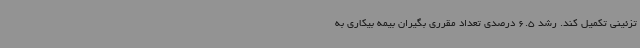
تزئینی تکمیل کند. رشد 6.5 درصدی تعداد مقرری بگیران بیمه بیکاری به